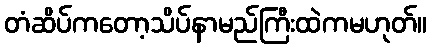
တံဆိပ်ကတော့သိပ်နာမည်ကြီးထဲကမဟုတ်။